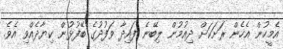
އެމީހުން އެހެން ރަށަކަށް ދިއުމުން ލިބޭނެ ފައިދާ ވަފުދުގެ ބޭފުޅުން ކިޔާދެއްވި އެވެ.